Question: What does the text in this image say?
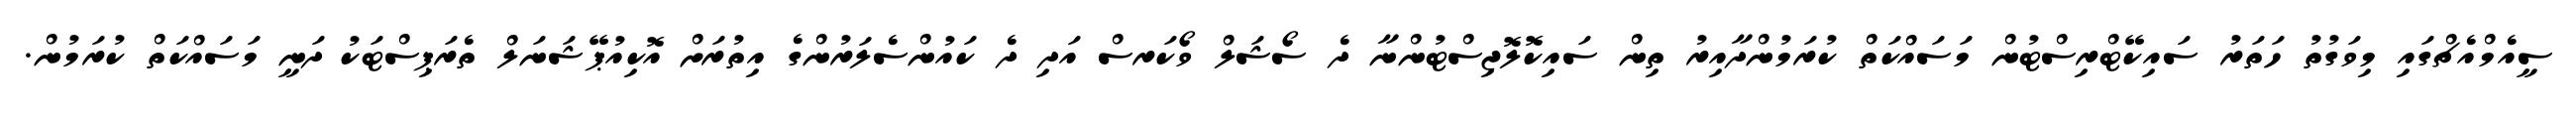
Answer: ސީއެމްއެޗްގައި މިވަގުތު ހަތަރު ސައިކޭޓްރިސްޓުން މަސައްކަތް ކުރަމުންދާއިރު ތިން ސައިކޮލޮޖިސްޓުންނާ ދެ ސޯޝަލް ވޯކަރސް އަދި ދެ ކައުންސެލަރުންގެ އިތުރަށް އޮކިއުޕޭޝަނަލް ތެރަޕިސްޓަކު ދަނީ މަސައްކަތް ކުރަމުން.